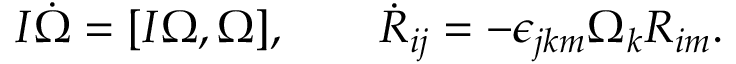
\begin{array} { r } { I \dot { \boldsymbol \Omega } = [ I { \boldsymbol \Omega } , { \boldsymbol \Omega } ] , \qquad \dot { R } _ { i j } = - \epsilon _ { j k m } \Omega _ { k } R _ { i m } . } \end{array}